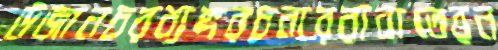
উজানচরব্যঙ্গরচনাররাবাতেরন